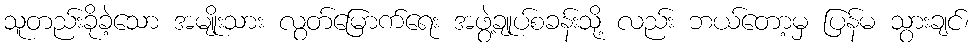
သူတည်းခိုခဲ့သော အမျိုးသား လွတ်မြောက်ရေး အဖွဲ့ချုပ်စခန်းသို့ လည်း ဘယ်တော့မှ ပြန်မ သွားချင်၊